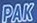
PAK